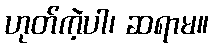
ဟုတ်ကဲ့ပါ၊ ဆရာမ။